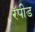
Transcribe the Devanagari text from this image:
रॅपीड